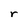
Character: r